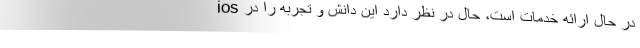
ios در حال ارائه خدمات است، حال در نظر دارد این دانش و تجربه را در